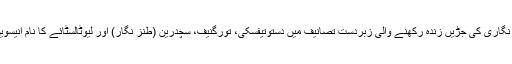
روسی ادب میں حقیقت نگاری کی جڑیں زندہ رکھنے والی زبردست تصانیف میں دستوتیفسکی، تورگنیف، سچدرین (طنز نگار) اور لیوٹالسٹائے کا نام انیسویں صدی کا نمائندہ ہے۔